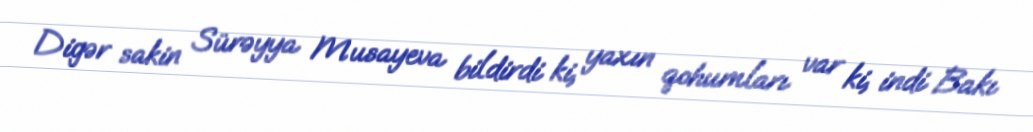
Digər sakin Sürəyya Musayeva bildirdi ki, yaxın qohumları var ki, indi Bakı